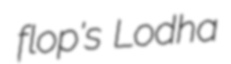
flop's Lodha